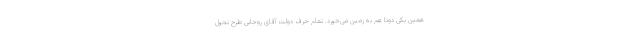
همین یکی دوتا هم به زمین می‌خورد. تمام حرف دولت آقای روحانی طرح تحول